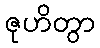
ဇုဟိတွာ